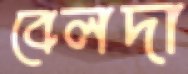
বেলদা